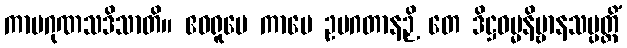
ကာမဂုဏသဒိသာတိ။ ဧဝရူပေ ကာမေ ဥပဂတာနဉှိ တေ ဒိဋ္ဌဓမ္မနိဗ္ဗာနသမ္ပတ္တိံ